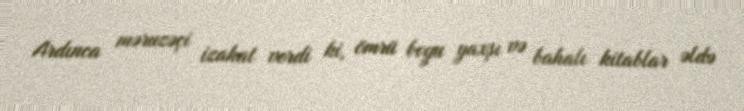
Ardınca məruzəçi izahat verdi ki, ömrü boyu yaxşı və bahalı kitablar əldə